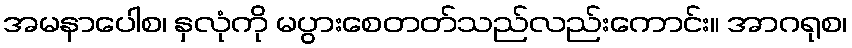
အမနာပေါစ၊ နှလုံကို မပွားစေတတ်သည်လည်းကောင်း။ အာဂရုစ၊